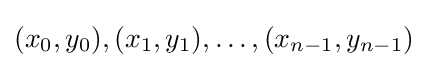
(x_{0},y_{0}),(x_{1},y_{1}),\ldots ,(x_{n-1},y_{n-1})